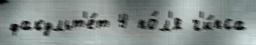
факульт'е́т 4 по́л'я г'и́пса